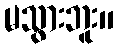
မသွားဘူး။